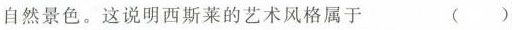
自然景色。这说明西斯莱的艺术风格属于 ()